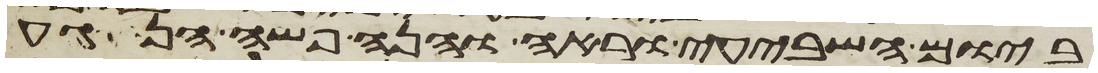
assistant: ביום השביעי וראה והנה פשה הנגע